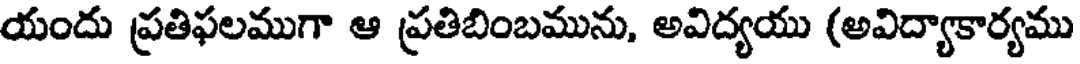
యందు ప్రతిఫలముగా ఆ ప్రతిబింబమును, అవిద్యయు (అవిద్యాకార్యము